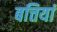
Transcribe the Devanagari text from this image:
बत्तियां